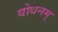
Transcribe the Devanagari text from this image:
योधनम्